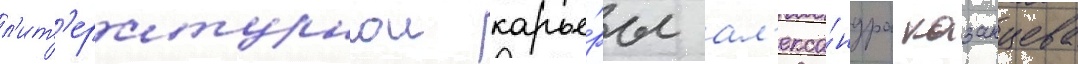
л'ит'ературнои карье́ры ал'екса́ндра казанцева